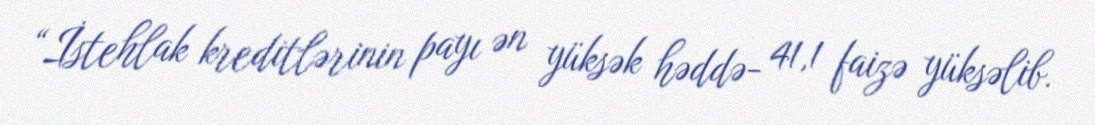
“İstehlak kreditlərinin payı ən yüksək həddə- 41,1 faizə yüksəlib.